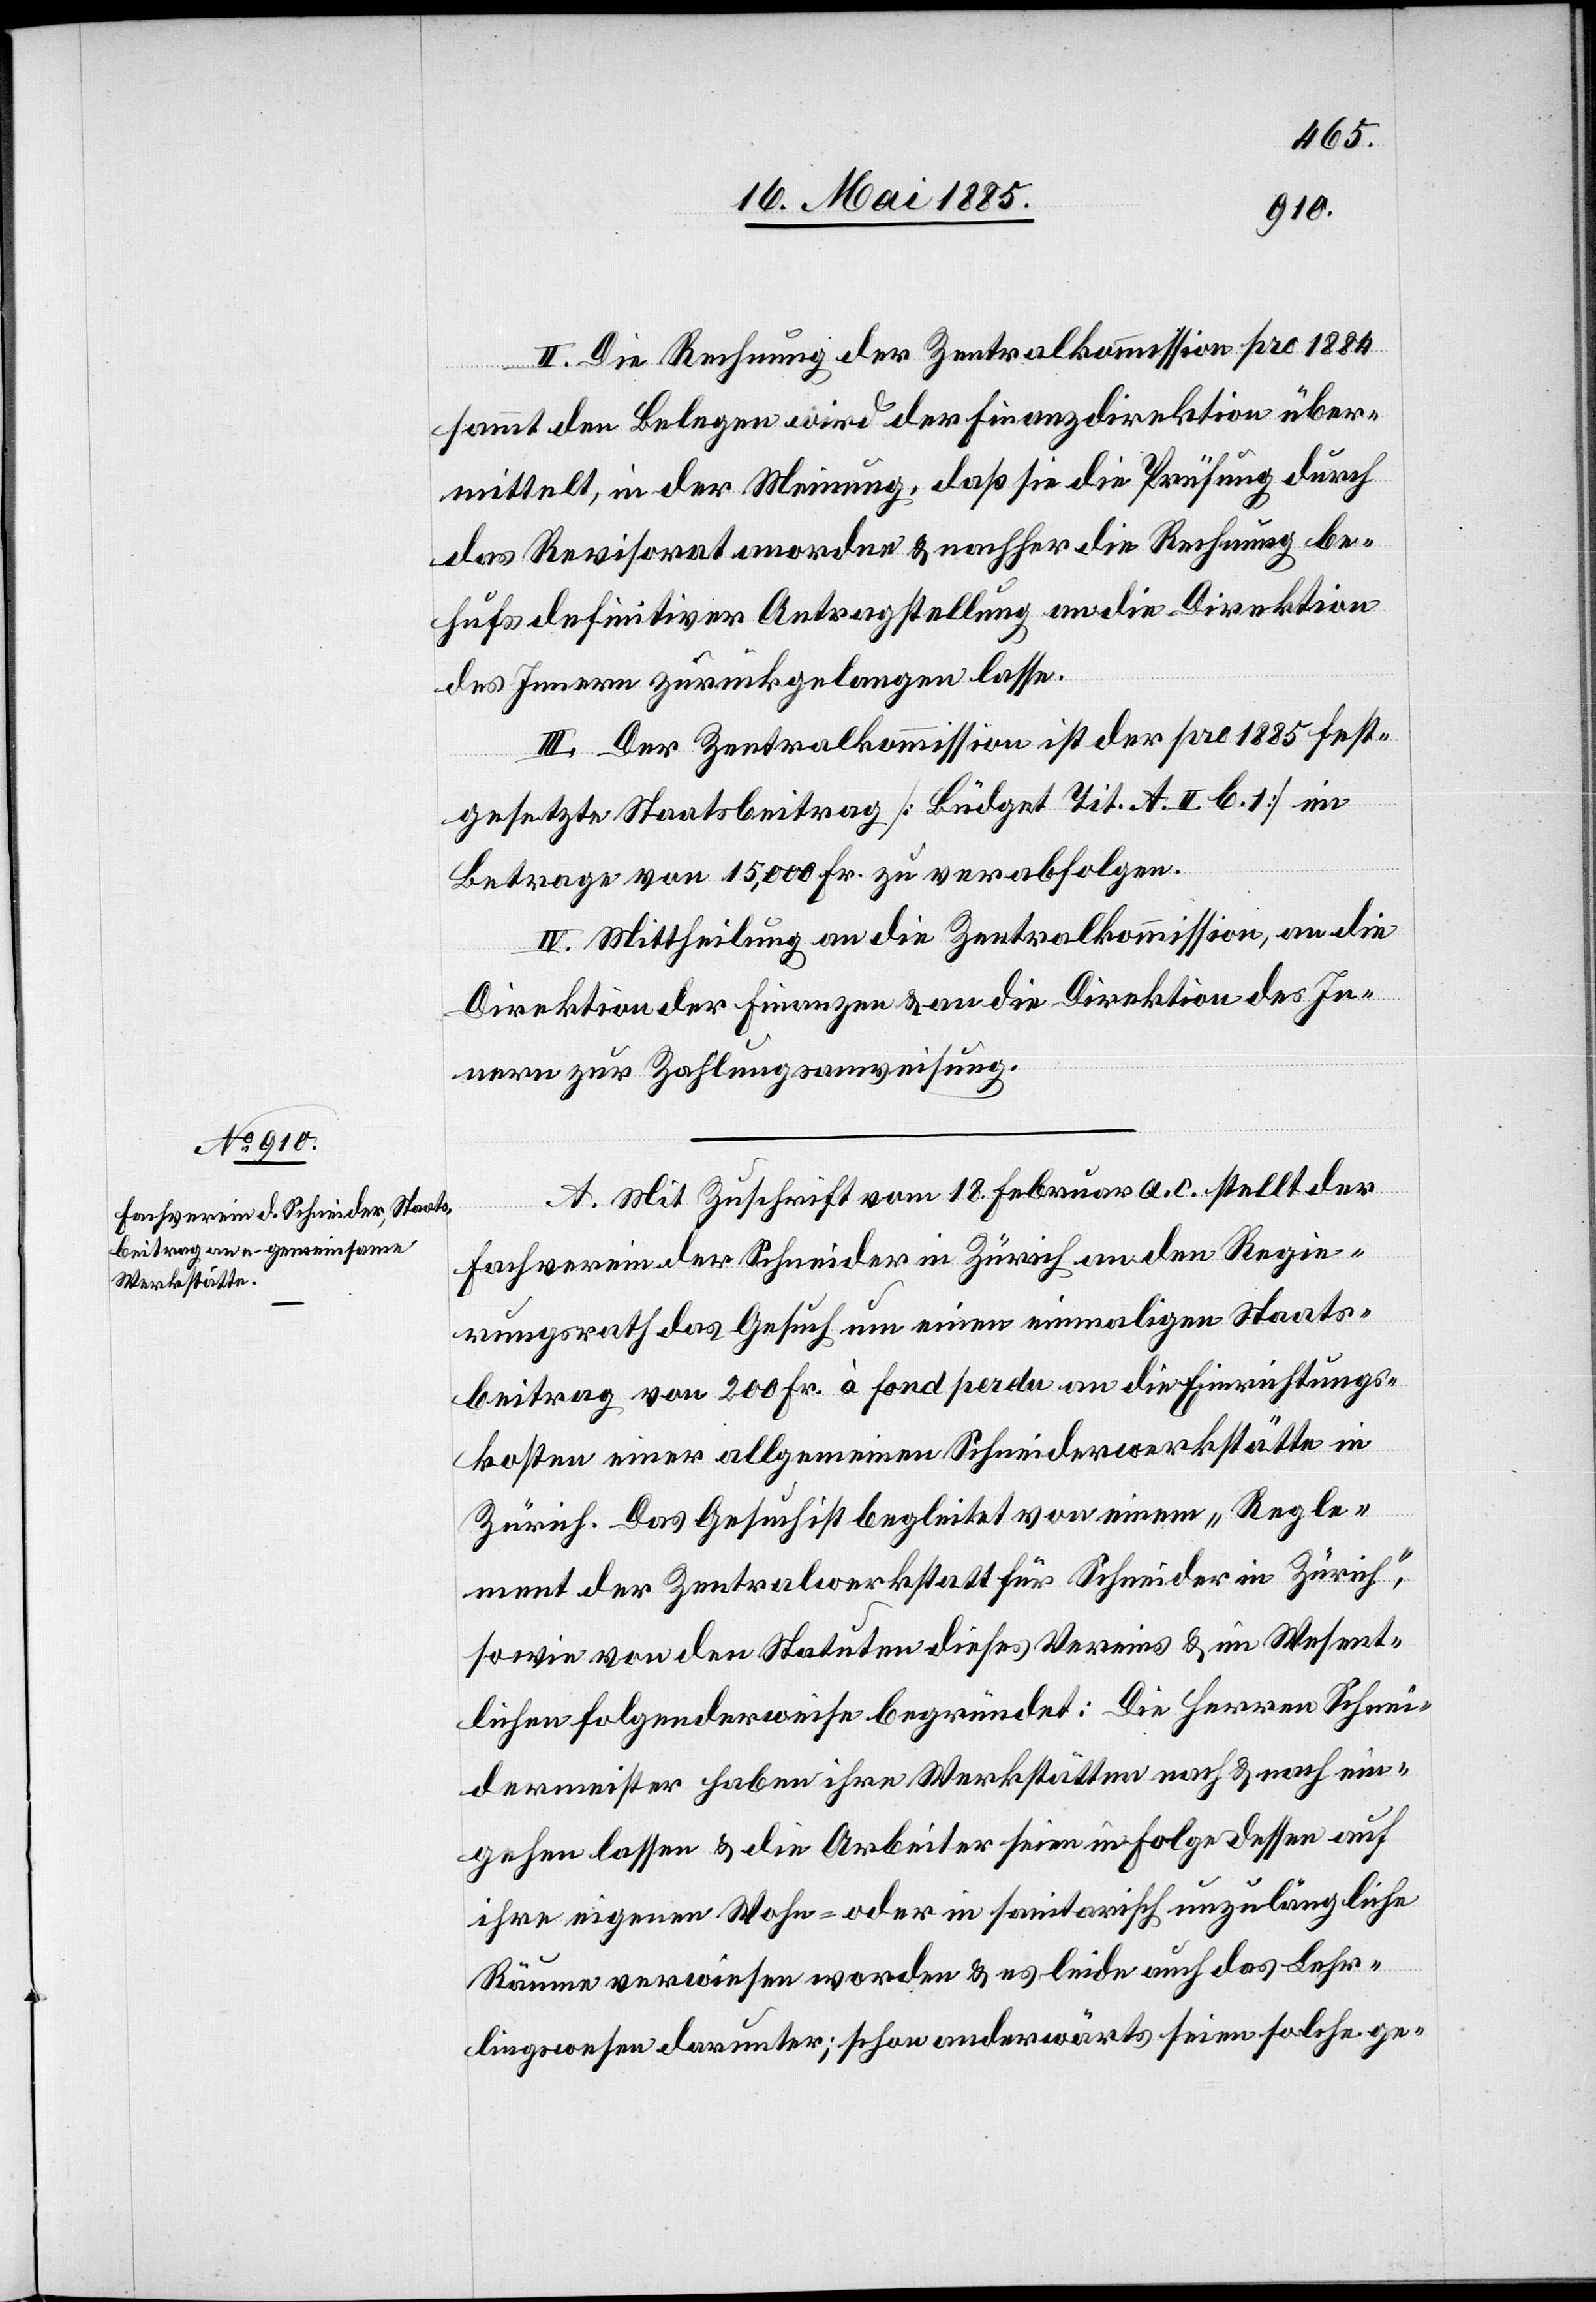
II. Die Rechnung der Zentralkommission pro 1884
sammt den Belegen wird der Finanzdirektion über¬
mittelt, in der Meinung, daß sie die Prüfung durch
das Revisorat anordne & nachher die Rechnung be¬
hufs definitiver Antragstellung an die Direktion
des Innern zurückgelangen lasse.
III. Der Zentralkommission ist der pro 1885 fest¬
gesetzte Staatsbeitrag [Büdget Tit. A. II. b. 1] im
Betrage von 15,000 Fr. zu verabfolgen.
IV. Mittheilung an die Zentralkommission, an die
Direktion der Finanzen & an die Direktion des In¬
nern zur Zahlungsanweisung.
A. Mit Zuschrift vom 18. Februar a. c stellt der
Fachverein der Schneider in Zürich an den Regie¬
rungsrath das Gesuch um einen einmaligen Staats¬
beitrag von 200 Fr. à fond perdu an die Einrichtungs¬
kosten einer allgemeinen Schneiderwerkstätte in
Zürich. Das Gesuch ist begleitet von einem „Regle¬
ment der Zentralwerkstatt für Schneider in Zürich“,
sowie von den Statuten dieses Vereins & im Wesent¬
lichen folgenderweise begründet: Die Herren Schnei¬
dermeister haben ihre Werkstätten nach & nach ein¬
gehen lassen & die Arbeiter seien in Folge dessen auf
ihre eigenen Wohn- oder in sanitarisch unzulängliche
Räume verwiesen worden & es leide auch das Lehr¬
lingswesen darunter; schon anderwärts seien solche ge-